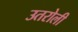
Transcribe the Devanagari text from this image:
उतरोली